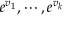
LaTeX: e ^ { v _ { 1 } } , \cdots , e ^ { v _ { k } }